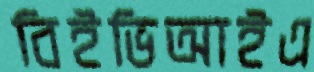
বিইভিআইএ